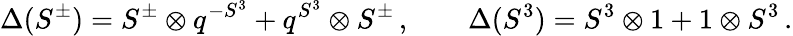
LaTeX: \Delta(S^{\pm})=S^{\pm}\otimes q^{-S^{3}}+q^{S^{3}}\otimes S^{\pm}\, ,\qquad\Delta(S^{3})=S^{3}\otimes 1+1\otimes S^{3}\, .